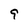
Character: 9